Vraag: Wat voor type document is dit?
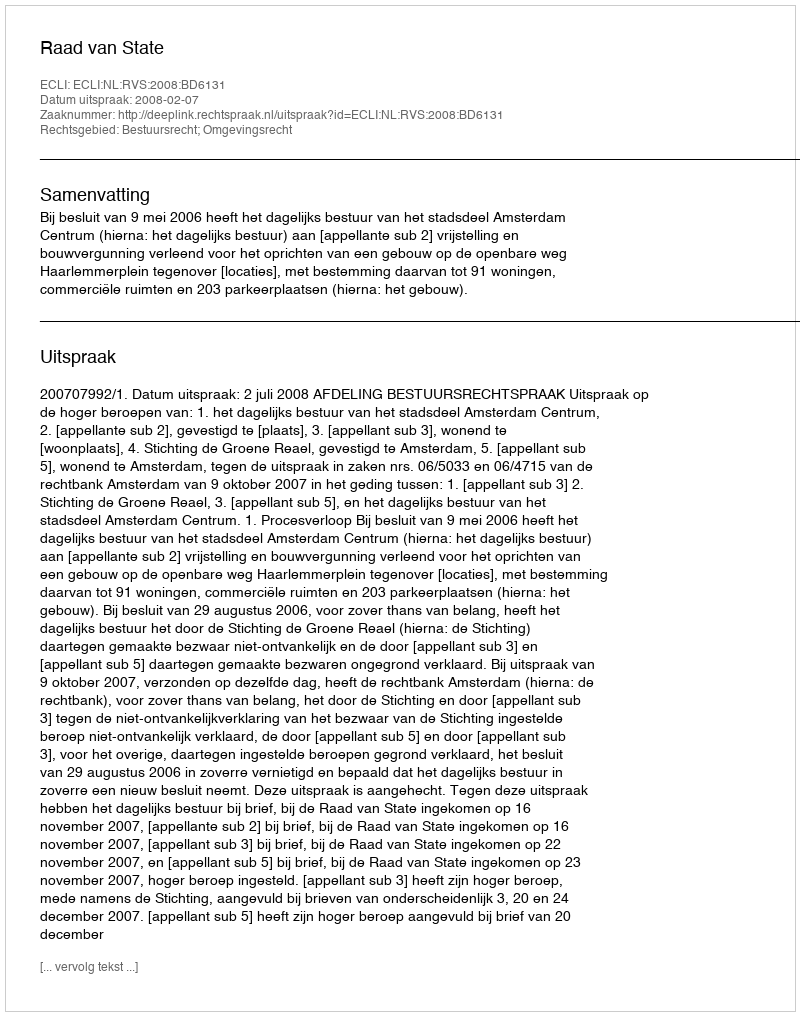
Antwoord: Uitspraak